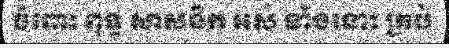
ចំពោះ ពុទ្ធ សាសនិក អស់ ទាំងនោះ គ្រប់